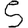
Digit: 5